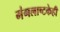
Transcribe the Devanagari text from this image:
मंगलाष्टकेही